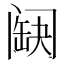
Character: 𨸊